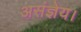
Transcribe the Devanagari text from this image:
असंज्ञेय।